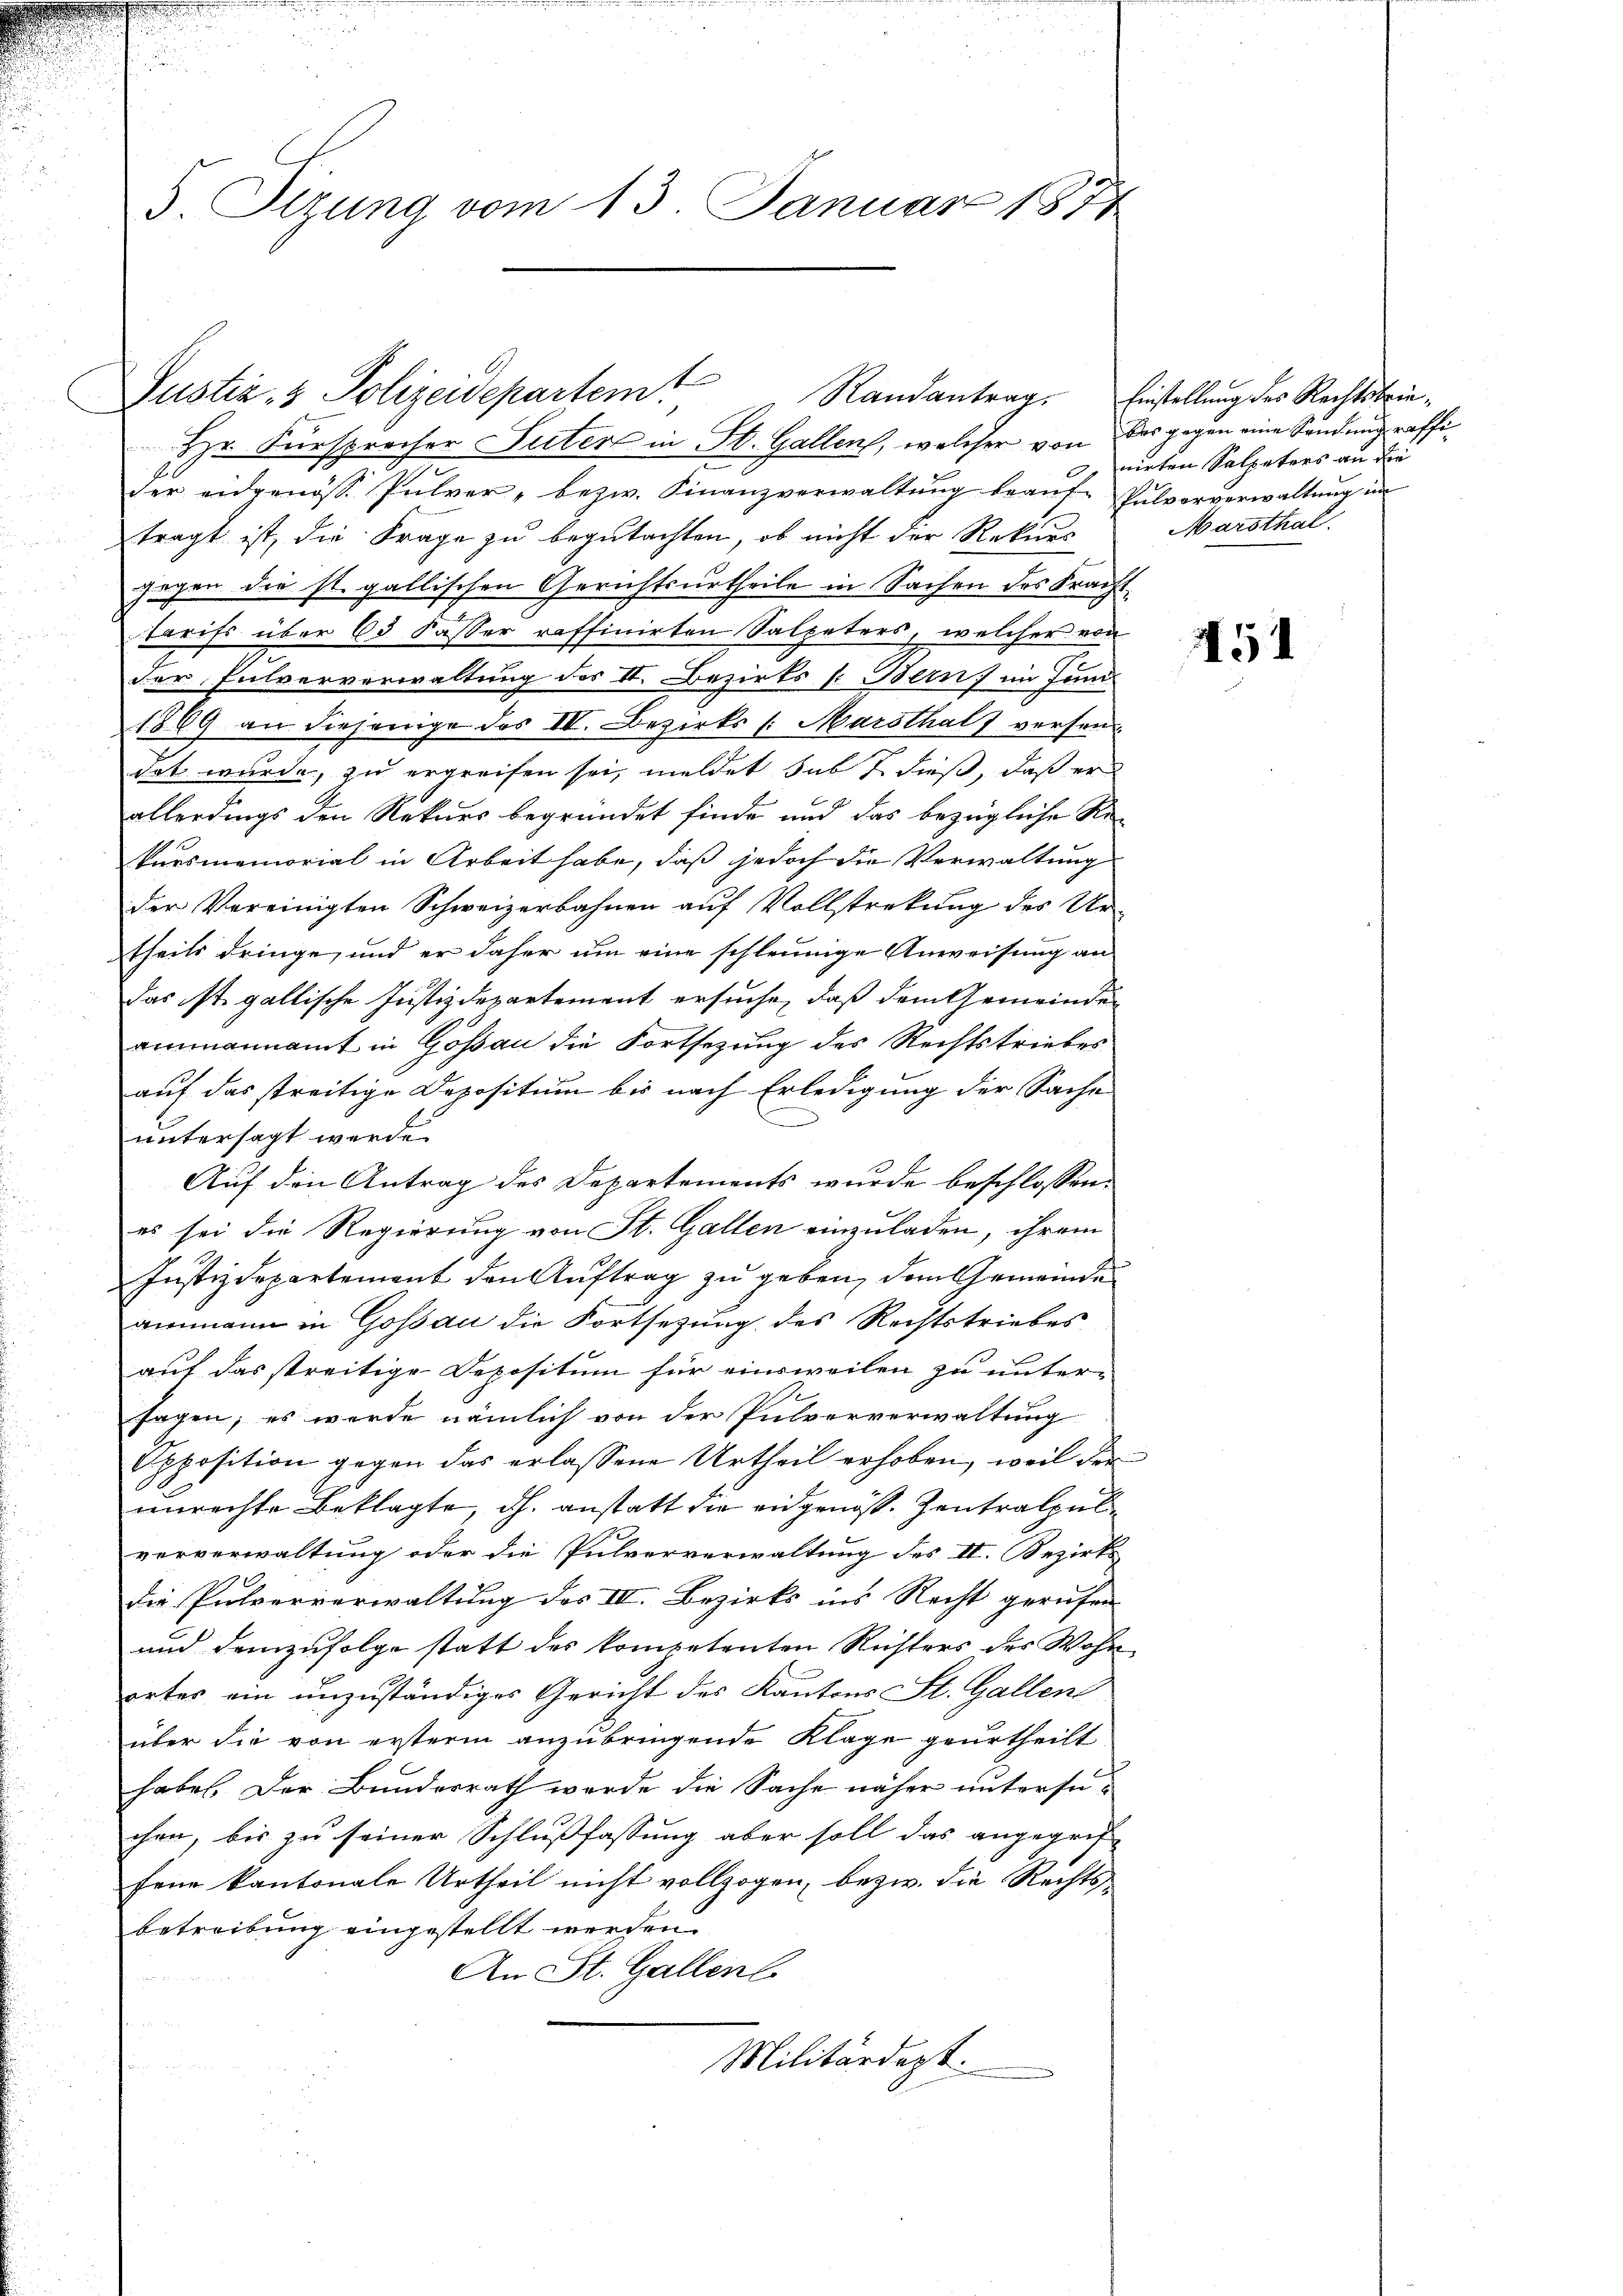
5. Sizung vom 13. Januar 1874

Hr. Fürsprecher Suter in St. Gallen, welcher von das gegen eine Sendung raffider eidgenösse Pulver- bezw. Finanzverwaltŭng beaŭf- Pulververwaltŭng ŭn
tragt ist, die Frage zu begutachten, ob nicht der Rekurs
gegen die st. gallischen Gerichtsurtheile in Sachen des Frachttarifs über 63 Kasser raffinirten Salpeters, welcher von
der Pulververwaltung des II. Bezirks (Bern, im Juni
1889 an diejenige des III. Bezirks /: Marsthal versendat wurde, zu ergreifen sei, meldet dass dieß, daß er
allerdings den Rekurs begründet finde und das bezügliche Rekursmemorial in Arbeit habe, daß jedoch die Verwaltung
der Vereinigten Schweizerbahnen auf Vollstreckung des Ur-
theils dringe, und er daher um eine schleunige Anweisung an
Das ist. gallische Justizdepartement ersuche, daß dem Gemeinden
ammannamt in Gossau die Fortsetzung des Rechtstriebes
auf das streitige Depositum bis nach Erledigung der Sache
d
untersagt werde.
Auf den Antrag des Departements wurde beschlossen:
es sei die Regierung von St. Gallen einzuladen, ihrem
Justizdepartement den Auftrag zu geben, dem Gemeinde
ammann in Gossau die Fortsetzung des Rechtstriebes
auf das streitige Depositum für einsweilen zu unter-
sagen; es werde nämlich von der Pulververwaltung
Opposition gegen das erlassene Urtheil erhoben, weil der
h
unrechte Beklagte, dh. anstatt die eidgenöß. Zentralenvorverwaltung oder die Pulververwaltung des II. Bezirks
die Pulververwaltung des III. Bezirks ins Recht gerufen
und demzufolge statt des kompetenten Richters des Wohn
ortes ein unzuständiges Gericht des Kantons St. Gallen
über die von ersterm anzubringende Klage geurtheilt
haben. Der Bundesrath werde die Sache näher untersuchen, bis zu seiner Schlußfassung aber soll das angegrif
fene kantonale Urtheil nicht vollzogen, bezw. die Rechtsbetreibung eingestellt werden.
An St. Gallenl
Militärdept.

Justiz- & Polizeidepartemt

u

Randantrag. Einstellung des Rechtsbrienirten Salpeters an die
Marsthal.

451